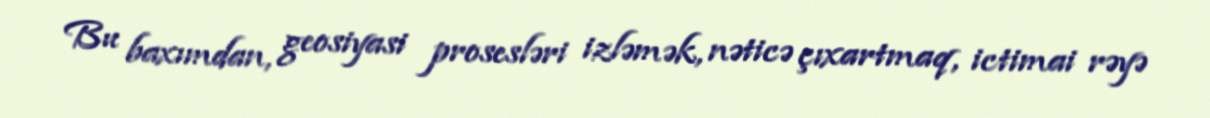
Bu baxımdan, geosiyasi prosesləri izləmək, nəticə çıxartmaq, ictimai rəyə